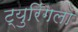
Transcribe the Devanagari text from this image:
ट्युरिंगला